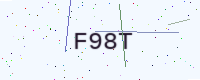
Text: F98T